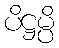
ပိဋ္ဌမ္ပိ